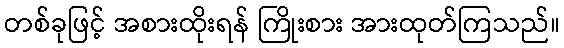
တစ်ခုဖြင့် အစားထိုးရန် ကြိုးစား အားထုတ်ကြသည်။